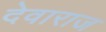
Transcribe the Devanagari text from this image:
देवाराज